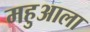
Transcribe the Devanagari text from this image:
महुआला